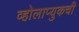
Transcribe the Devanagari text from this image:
व्होलाप्युकची